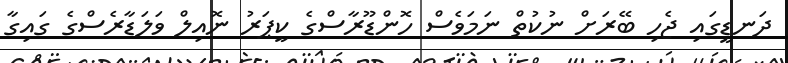
ދަނޑީގައި ޖެހި ބޭރަށް ނުކުތް ނަމަވެސް ހޮންޑޫރާސްގެ ކީޕަރު ނޮއިލް ވަލަޑާރެސްގެ ގައިގާ